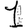
Digit: 1